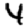
Digit: 4